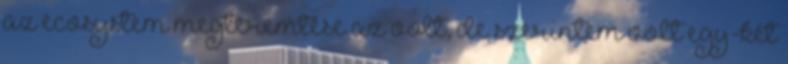
az ecosystem megteremtése az volt, de szerintem volt egy-két